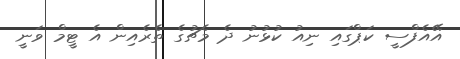
އޭއެފްސީ ކަޕްގައި ނިއު ކުޅުނު ދެ މެޗުގެ ތެރެއިން އެ ޓީމް ވަނީ